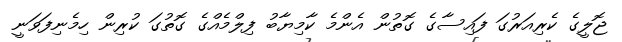
ޖޮލީގެ ކެރިއަރުގަ ފައިސާގެ ގޮތުން އެންމެ ކާމިޔާބު ފިލްމެއްގެ ގޮތުގަ ކުރިން ހިމެނިފަވަނީ